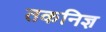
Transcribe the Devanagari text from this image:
तकनिज्ञ